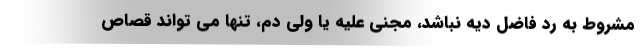
مشروط به رد فاضل دیه نباشد، مجنی علیه یا ولی دم، تنها می تواند قصاص